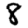
Digit: 8